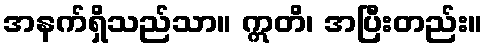
အနက်ရှိသည်သာ။ ဣတိ၊ အပြီးတည်း။